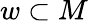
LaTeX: w\subset M